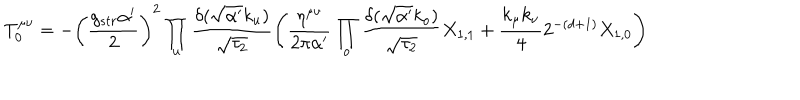
T _ { 0 } ^ { \mu \nu } = - \left( \frac { g _ { s t r } \alpha ^ { \prime } } { 2 } \right) ^ { 2 } \prod _ { u } \frac { \delta ( \sqrt { \alpha ^ { \prime } } k _ { u } ) } { \sqrt { \tau _ { 2 } } } \left( \frac { \eta ^ { \mu \nu } } { 2 \pi \alpha ^ { \prime } } \prod _ { o } \frac { \delta ( \sqrt { \alpha ^ { \prime } } k _ { o } ) } { \sqrt { \tau _ { 2 } } } X _ { 1 , 1 } + \frac { k _ { \mu } k _ { \nu } } { 4 } 2 ^ { - ( d + 1 ) } X _ { 1 , 0 } \right)